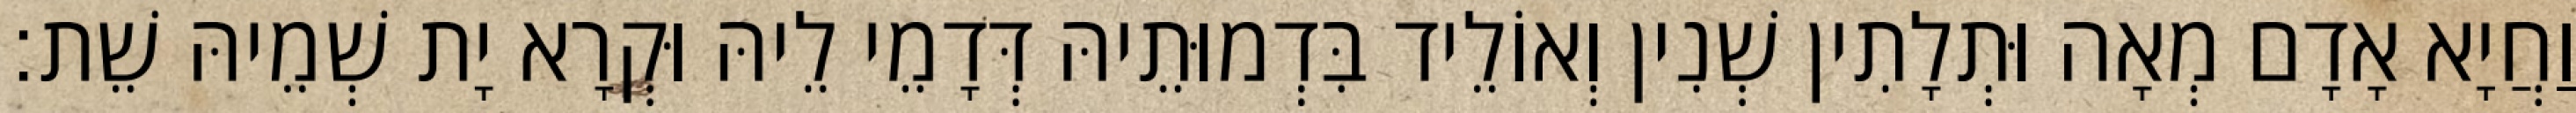
וַחֲיָא אָדָם מְאָה וּתְלָתִין שְׁנִין וְאוֹלֵיד בִּדְמוּתֵיהּ דְּדָמֵי לֵיהּ וּקְרָא יָת שְׁמֵיהּ שֵׁת׃